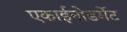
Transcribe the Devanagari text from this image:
एकाईनोडर्मेट